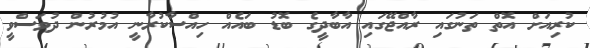
ކުރިއަށް އޮތް ތަނުގައި ރާއްޖޭގައި އާބާދީގެ ބޮޑު ބައެއް ހިއްސާކުރާނީ އުމުރުން ދުވަސްވީ